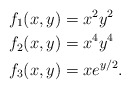
\begin{align*}f_1(x,y) &= x^2y^2 \\f_2(x,y) &= x^4y^4\\f_3(x,y) &= xe^{y/2}.\end{align*}